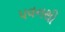
પવનથી